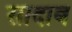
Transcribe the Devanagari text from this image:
सादाब